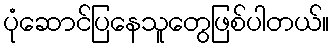
ပုံဆောင်ပြနေသူတွေဖြစ်ပါတယ်။